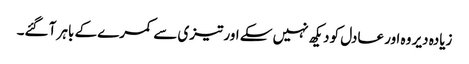
زیادہ دیر وہ اور عادل کو دیکھ نہیں سکے اور تیزی سے کمرے کے باہر آ گئے۔